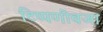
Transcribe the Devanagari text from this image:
टिप्पणीवजा